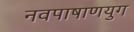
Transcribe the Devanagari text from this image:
नवपाषाणयुग